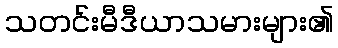
သတင်းမီဒီယာသမားများ၏